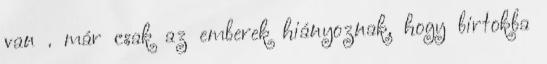
van . már csak az emberek hiányoznak, hogy birtokba